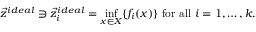
{ \vec { z } } ^ { i d e a l } \ni { \vec { z } } _ { i } ^ { i d e a l } = { \underset { x \in X } { \operatorname* { i n f } } } \{ f _ { i } ( x ) \} { \mathrm { ~ f o r ~ a l l ~ } } i = 1 , \ldots , k .